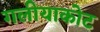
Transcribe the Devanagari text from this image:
गलीयाकोट